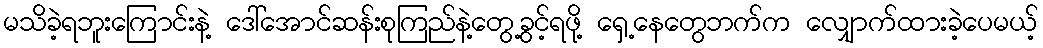
မသိခဲ့ရဘူးကြောင်းနဲ့ ဒေါ်အောင်ဆန်းစုကြည်နဲ့တွေ့ခွင့်ရဖို့ ရှေ့နေတွေဘက်က လျှောက်ထားခဲ့ပေမယ့်